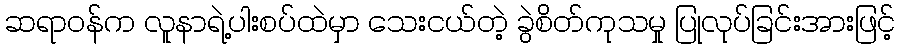
ဆရာဝန်က လူနာရဲ့ပါးစပ်ထဲမှာ သေးငယ်တဲ့ ခွဲစိတ်ကုသမှု ပြုလုပ်ခြင်းအားဖြင့်